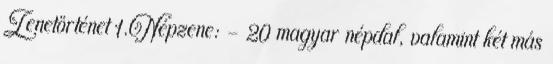
Zenetörténet 1.Népzene: - 20 magyar népdal, valamint két más